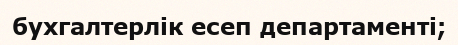
бухгалтерлік есеп департаменті;